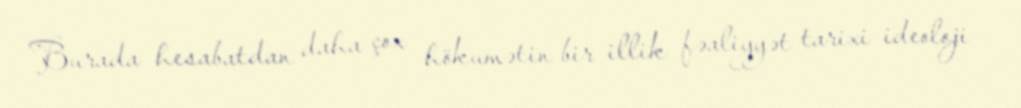
Burada hesabatdan daha çox hökumətin bir illik fəaliyyət tarixi ideoloji